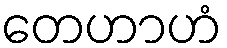
တေဟာဟံ